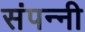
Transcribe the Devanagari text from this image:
संपन्नी